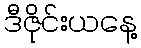
ဒီဇိုင်းယနေ့